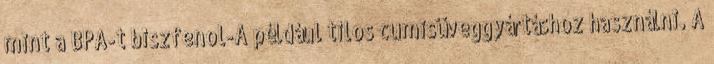
mint a BPA-t biszfenol-A például tilos cumisüveggyártáshoz használni. A